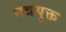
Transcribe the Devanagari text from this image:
नत्रयुक्त